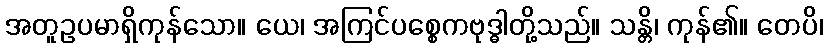
အတူဥပမာရှိကုန်သော။ ယေ၊ အကြင်ပစ္စေကဗုဒ္ဓါတို့သည်။ သန္တိ၊ ကုန်၏။ တေပိ၊